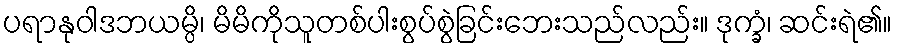
ပရာနုဝါဒဘယမ္ပိ၊ မိမိကိုသူတစ်ပါးစွပ်စွဲခြင်းဘေးသည်လည်း။ ဒုက္ခံ၊ ဆင်းရဲ၏။